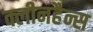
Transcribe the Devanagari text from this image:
क्लीनहैन्स